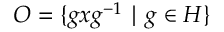
{ \cal O } = \{ g x g ^ { - 1 } \mid g \in H \} \nonumber